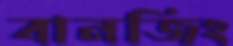
বানজিং